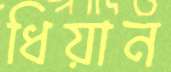
ধিয়ান